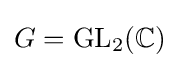
G=\operatorname {GL} _{2}(\mathbb {C} )